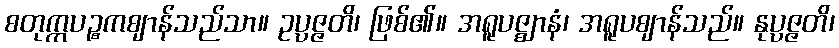
စတုက္ကပဉ္စကဈာန်သည်သာ။ ဥပ္ပဇ္ဇတိ၊ ဖြစ်၏။ အရူပဇ္ဈာနံ၊ အရူပဈာန်သည်။ နုပ္ပဇ္ဇတိ၊